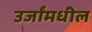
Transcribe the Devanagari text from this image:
उर्जांमधील